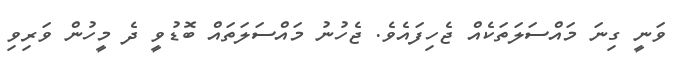
ވަނީ ގިނަ މައްސަލަތަކެއް ޖެހިފައެވެ. ޖެހުނު މައްސަލަތައް ބޮޑުވީ ދެ މީހުން ވަރިވި